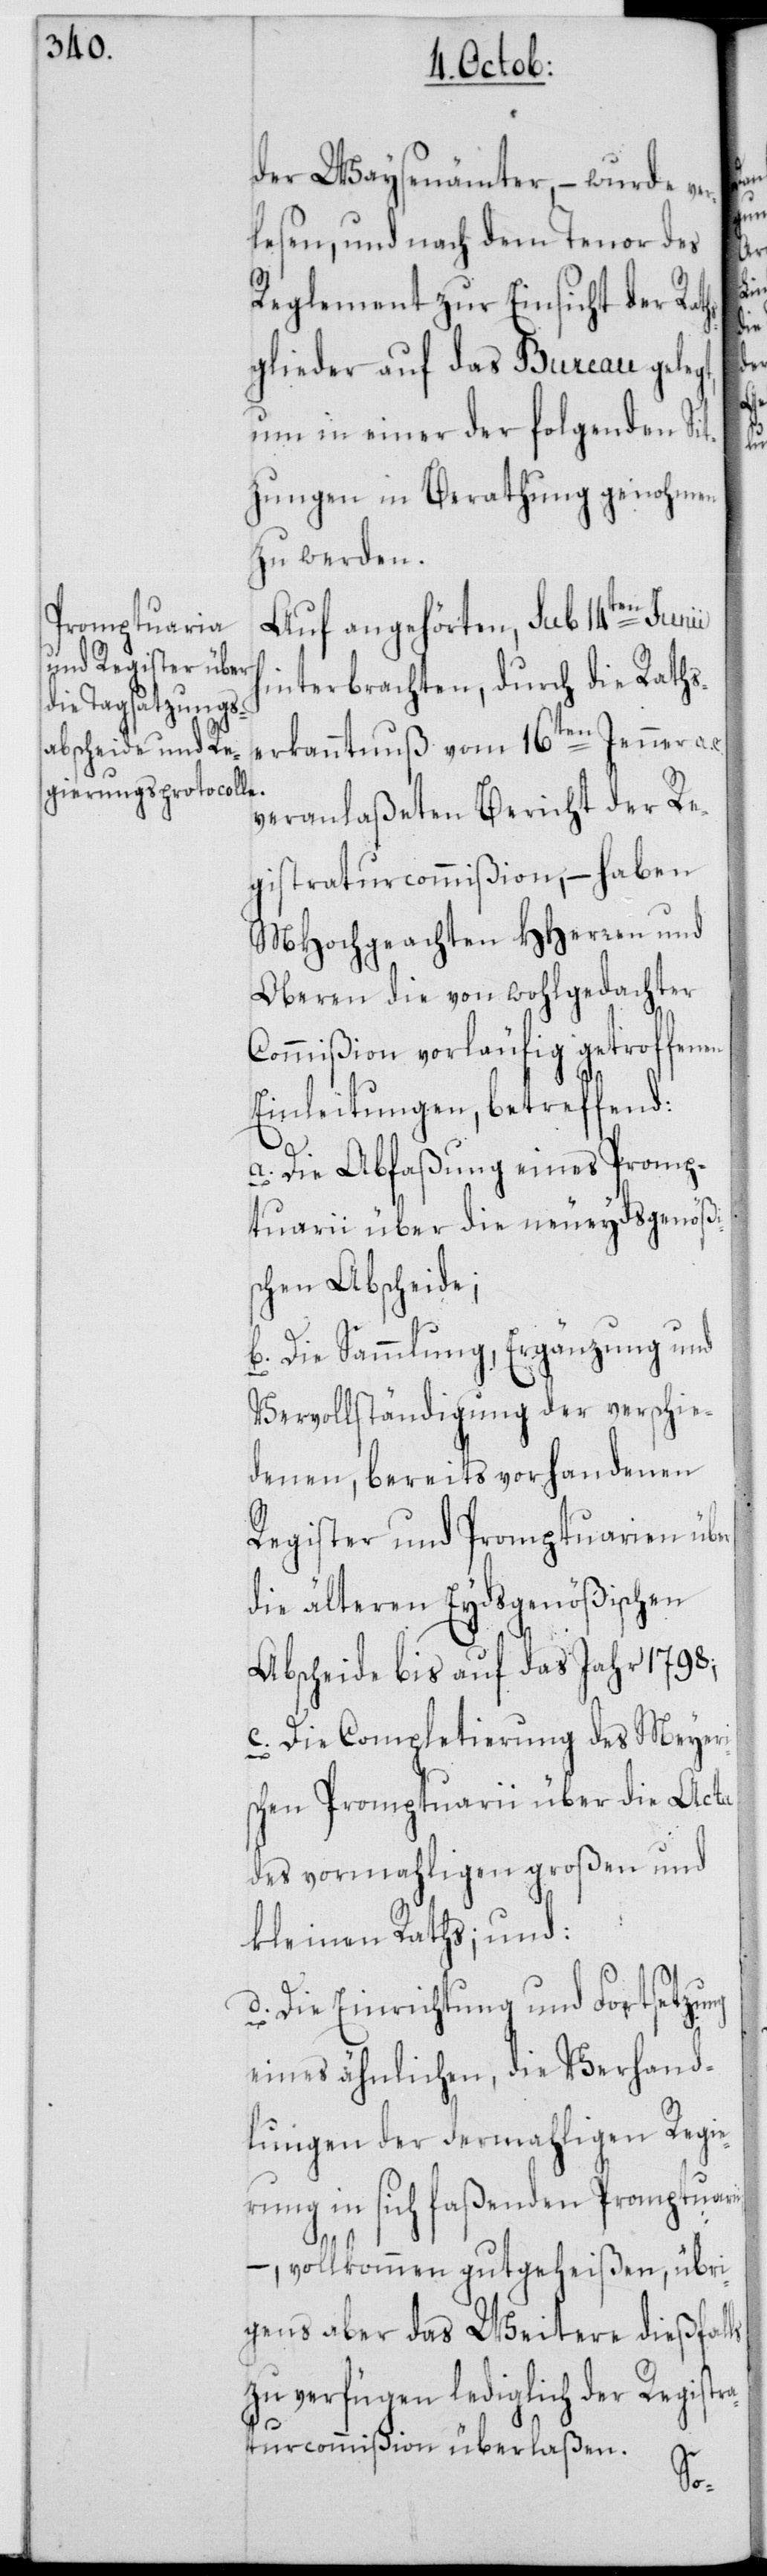
der Waysenämter, – wurde v¬
lesen, und nach dem Tenor des
Reglement zur Einsicht der Rat¬
glieder auf das Bureau gele¬
um in einer der folgenden Si¬
tzungen in Berathung genohmen
zu werden.
Auf angehörten, sub 14ten Junii
interbrachten, durch die Raths¬
erkanntnuß vom 16ten Jenner a.
veranlaßeten Bericht der Re¬
gistraturcommißion, – haben
MHochgeachten HHerren und
Oberen die von wohlgedachter
Commißion vorläufig getroffenen
Einleitungen, betreffend:
a. Die Abfaßung eines Promp¬
tuarii über die neueydsgenößi¬
schen Abscheide;
b. Die Sammlung, Ergänzung und
Vervollständigung der verschie¬
denen, bereits vorhandenen
Register und Promptuarien über
die älteren Eydsgenößischen
Abscheide bis auf das Jahr 1798;
c. Die Completierung des Meyeri¬
schen Promptuarii über die Acta
des vormahligen großen und
kleinen Raths; und:
d. Die Einrichtung und Fortsetzung
eines ähnlichen, die Verhand¬
lungen der dermahligen Regie¬
rung in sich faßenden Promptuar¬
–, vollkommen gutgeheißen, übri¬
gens aber das Weitere dießfalls
zu verfügen lediglich der Registr¬
aturcommißion überlaßen.
ii,

er¬